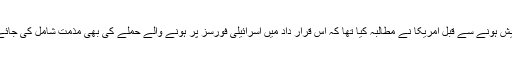
فرانسیسی خبر رساں ادارے کے مطابق قرارداد پیش ہونے سے قبل امریکا نے مطالبہ کیا تھا کہ اس قرار داد میں اسرائیلی فورسز پر ہونے والے حملے کی بھی مذمت شامل کی جائے تاہم اس امریکی درخواست کو مسترد کردیا گیا۔